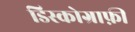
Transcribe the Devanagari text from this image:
डिस्कोग्राफ़ी